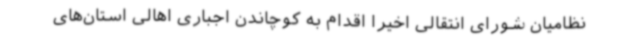
نظامیان شورای انتقالی اخیراً اقدام به کوچاندن اجباری اهالی استان‌های